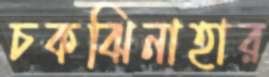
চকঝিনাহার